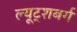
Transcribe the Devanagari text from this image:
ल्यूट्शबर्ग